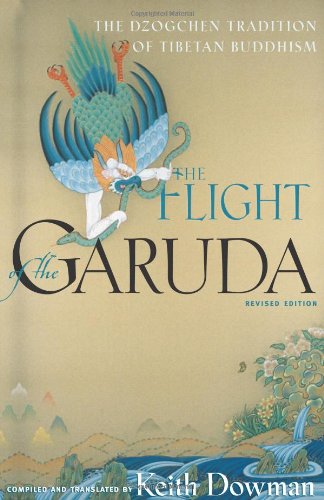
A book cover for The Flight of the Garuda: The Dzogchen Tradition of Tibetan Buddhism; Literature & Fiction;